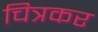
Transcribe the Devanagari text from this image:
चित्रकर